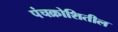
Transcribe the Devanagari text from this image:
पंचक्रोशितील